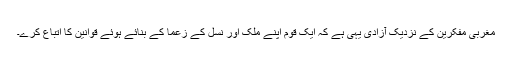
مغربی مفکرین کے نزدیک آزادی یہی ہے کہ ایک قوم اپنے ملک اور نسل کے زعما کے بنائے ہوئے قوانین کا اتباع کرے۔